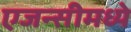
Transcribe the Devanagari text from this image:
एजन्सीमध्ये